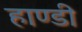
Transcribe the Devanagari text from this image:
हाण्डी